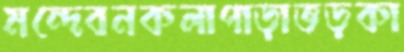
মন্দেবনকলাপাড়াভড়কা